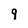
Character: 9